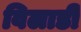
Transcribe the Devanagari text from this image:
विलाडी